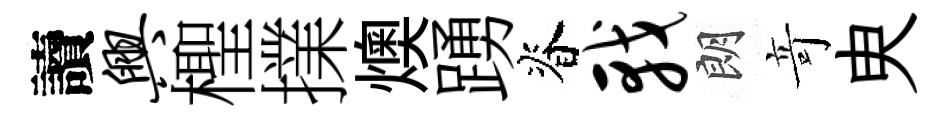
讀兴檉擈燠踴脊戟朗竒㬰